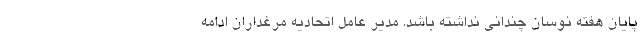
پایان هفته نوسان چندانی نداشته باشد. مدیر عامل اتحادیه مرغداران ادامه